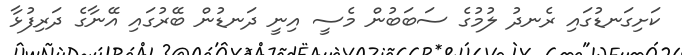
ކަށިގަނޑުގައި ރެނދު ލުމުގެ ސަބަބުން މެސީ އިނީ ދަނޑުން ބޭރުގައި އޭނާގެ ދަރިފުޅާ